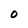
Character: O